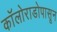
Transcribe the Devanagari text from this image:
कॉलोराडोपासून